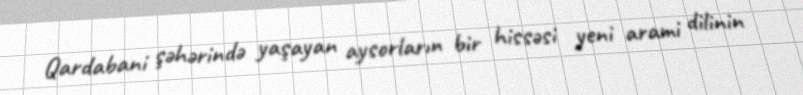
Qardabani şəhərində yaşayan aysorların bir hissəsi yeni arami dilinin